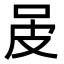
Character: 𤿌